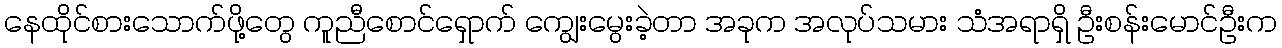
နေထိုင်စားသောက်ဖို့တွေ ကူညီစောင်ရှောက် ကျွေးမွေးခဲ့တာ အခုက အလုပ်သမား သံအရာရှိ ဦးစန်းမောင်ဦးက